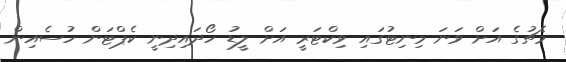
މެޗުގެ އަށް ވަނަ މިނިޓުގައި ވިކްޓަރީ އަށް ލީޑު ހޯދައިދިނީ ކެޕްޓަން ހުސެއިން